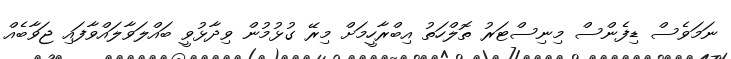
ނަމަވެސް ޑިފެންސް މިނިސްޓަރު ތޮލްހަތު އިބްރާހީމަށް މިރޭ ގުޅުމުން ވިދާޅުވީ ބައްލަވާލައްވާފައި ޖަވާބެއް